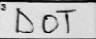
Transcription: DOT